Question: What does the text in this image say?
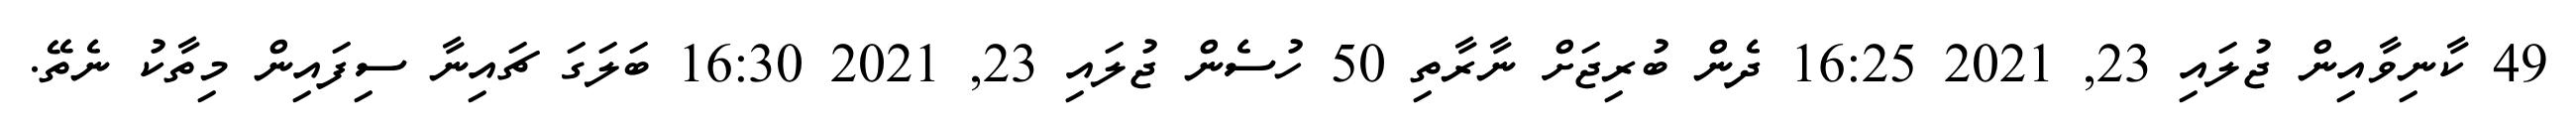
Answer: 49 ކާނިވާއިން ޖުލައި 23, 2021 16:25 ދެން ބުރިޖަށް ނާރާތި 50 ހުސެން ޖުލައި 23, 2021 16:30 ބަލަގަ ޗައިނާ ސިފައިން މިތާކު ނެތޭ.